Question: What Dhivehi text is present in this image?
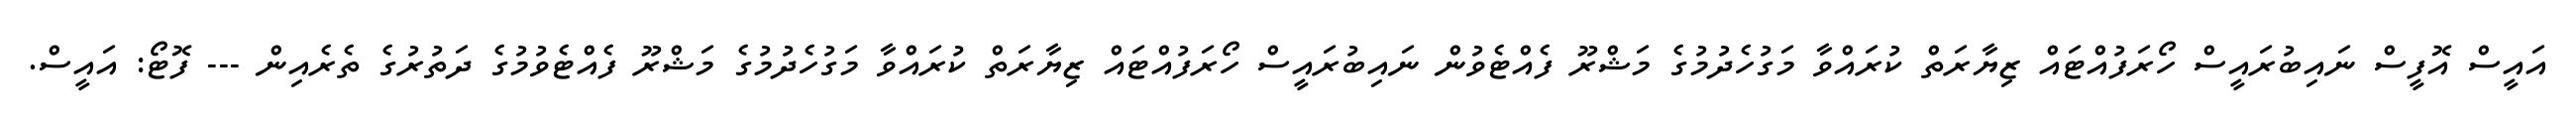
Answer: އައީސް އޮފީސް ނައިބުރައީސް ހޯރަފުއްޓައް ޒިޔާރަތް ކުރައްވާ މަގުހެދުމުގެ މަޝްރޫ ފެއްޓެވުން ނައިބުރައީސް ހޯރަފުއްޓައް ޒިޔާރަތް ކުރައްވާ މަގުހެދުމުގެ މަޝްރޫ ފެއްޓެވުމުގެ ދަތުރުގެ ތެރެއިން --- ފޮޓޯ: އައީސް.